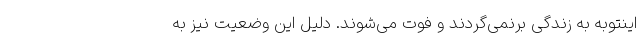
اینتوبه به زندگی برنمی‌گردند و فوت می‌شوند. دلیل این وضعیت نیز به